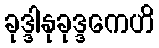
ခုဒ္ဒါနုခုဒ္ဒကေဟိ